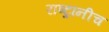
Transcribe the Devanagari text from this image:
राष्ट्रांनीच